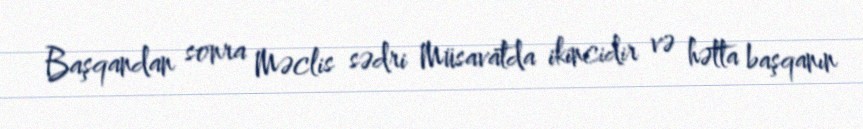
Başqandan sonra Məclis sədri Müsavatda ikincidir və hətta başqanın